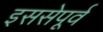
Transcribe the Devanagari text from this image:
इससेपूर्व